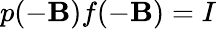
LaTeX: p(-\mathbf{B})f(-\mathbf{B})=I